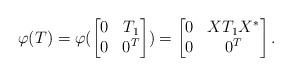
LaTeX: \begin{align*}\varphi(T)=\varphi(\begin{bmatrix}0 & T_1\\0 & 0^T\end{bmatrix})=\begin{bmatrix}0 & XT_1X^*\\0 & 0^T\end{bmatrix}.\end{align*}